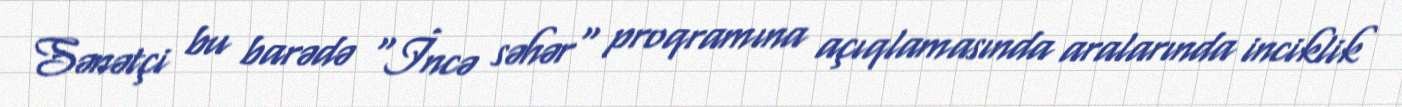
Sənətçi bu barədə "İncə səhər" proqramına açıqlamasında aralarında inciklik